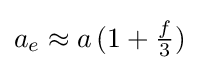
a_{e}\approx a\,(1+{\tfrac {f}{3}})